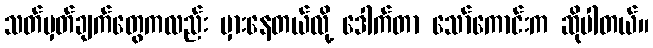
သတ်မှတ်ချက်တွေကလည်း မှားနေတယ်လို့ ဒေါက်တာ သော်ကောင်းက ဆိုပါတယ်။